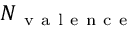
N _ { \mathrm { ~ v ~ a ~ l ~ e ~ n ~ c ~ e ~ } }